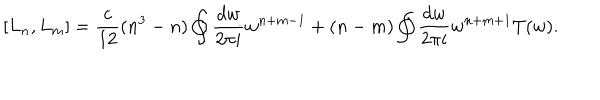
[ L _ { n } , L _ { m } ] = \frac { c } { 1 2 } ( n ^ { 3 } - n ) \oint \frac { d w } { 2 \pi i } w ^ { n + m - 1 } + ( n - m ) \oint \frac { d w } { 2 \pi i } w ^ { n + m + 1 } T ( w ) .